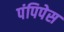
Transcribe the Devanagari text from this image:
पंपिपेस